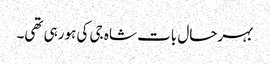
بہرحال بات شاہ جی کی ہورہی تھی۔